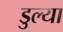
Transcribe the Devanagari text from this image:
डुल्या